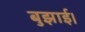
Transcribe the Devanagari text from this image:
बुझाई।